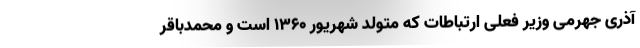
آذری جهرمی وزیر فعلی ارتباطات که متولد شهریور ۱۳۶۰ است و محمدباقر